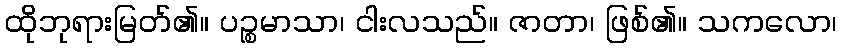
ထိုဘုရားမြတ်၏။ ပဉ္စမာသာ၊ ငါးလသည်။ ဇာတာ၊ ဖြစ်၏။ သကလော၊